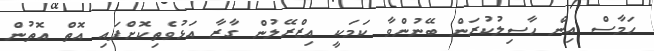
ހަމާސް އިން ހާސިލުކުރަން ބޭނުންވާ ކަމަކީ އިޒްރޭލުން ގާޒާ އަޅުވެތިކޮށްފައި އޮތް އޮތުން